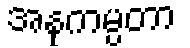
အနုကမ္ပတာ